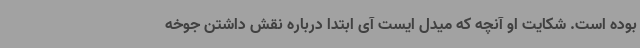
بوده است. شکایت او آنچه که میدل ایست آی ابتدا درباره نقش داشتن جوخه